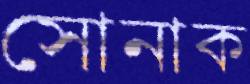
সোনাক